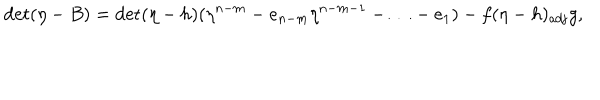
\det ( \eta - B ) = \det ( \eta - h ) ( \eta ^ { n - m } - e _ { n - m } \eta ^ { n - m - 1 } - \ldots - e _ { 1 } ) - f ( \eta - h ) _ { \mathrm { a d j } } g ,